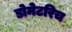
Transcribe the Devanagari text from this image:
डोमेटरिच